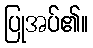
ပြုအပ်၏။